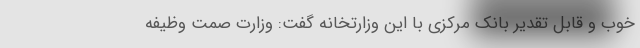
خوب و قابل تقدیر بانک مرکزی با این وزارتخانه گفت: وزارت صمت وظیفه